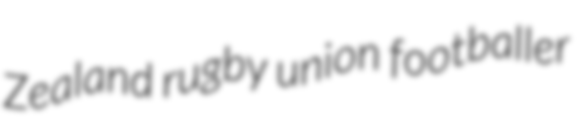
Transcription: Zealand rugby union footballer